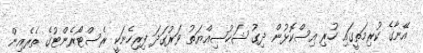
އޭނާގެ ކުރިމަތީގައި ހުރި އިސްކޮޅުން ދިގު ޝަޚުޞިއްޔަތު ވަރުގަދަ ފިރިހެނަކީ ރެސްޓޯރެންޓުގެ ތެރެއިން